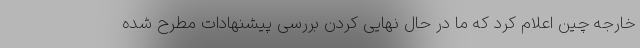
خارجه چین اعلام کرد که ما در حال نهایی کردن بررسی پیشنهادات مطرح شده